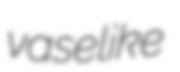
vaselike